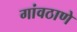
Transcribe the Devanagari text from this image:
गांवठाणे